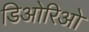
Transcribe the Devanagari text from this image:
डिओरिओ